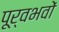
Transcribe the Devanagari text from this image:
पूर्वभवों